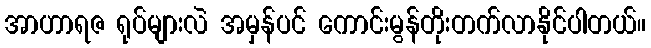
အာဟာရဇ ရုပ်များလဲ အမှန်ပင် ကောင်းမွန်တိုးတက်လာနိုင်ပါတယ်။